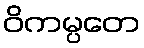
ဝိကမ္ပတေ